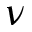
\nu